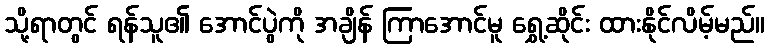
သို့ရာတွင် ရန်သူ၏ အောင်ပွဲကို အချိန် ကြာအောင်မူ ရွှေ့ဆိုင်း ထားနိုင်လိမ့်မည်။